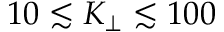
1 0 \lesssim K _ { \perp } \lesssim 1 0 0